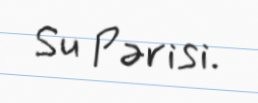
Su Pərisi.